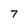
Character: 7